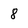
Character: 8